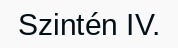
Szintén IV.